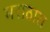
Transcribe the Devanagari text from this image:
मराठात